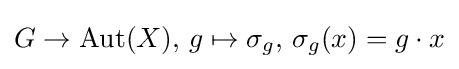
G\to \operatorname {Aut} (X),\,g\mapsto \sigma _{g},\,\sigma _{g}(x)=g\cdot x